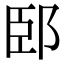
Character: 䢻